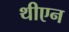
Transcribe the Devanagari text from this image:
थीएन